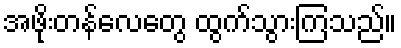
အဖိုးတန်လေတွေ ထွက်သွားကြသည်။